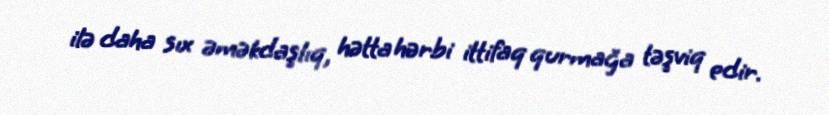
ilə daha sıx əməkdaşlıq, hətta hərbi ittifaq qurmağa təşviq edir.